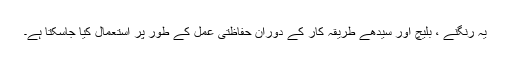
یہ رنگنے ، بلیچ اور سیدھے طریقہ کار کے دوران حفاظتی عمل کے طور پر استعمال کیا جاسکتا ہے۔